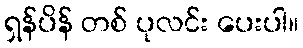
ရှန်ပိန် တစ် ပုလင်း ပေးပါ။